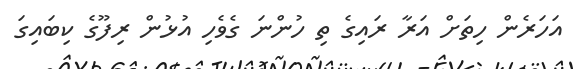
އަހަރެން ހިތަށް އަރާ ރައިގެ ތި ހުންނަ ގެވެހި އުޅުން ރިފޫގެ ކިބައިގަ